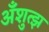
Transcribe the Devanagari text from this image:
अँशुत्झ